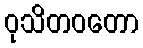
ဝုသိတဝတော